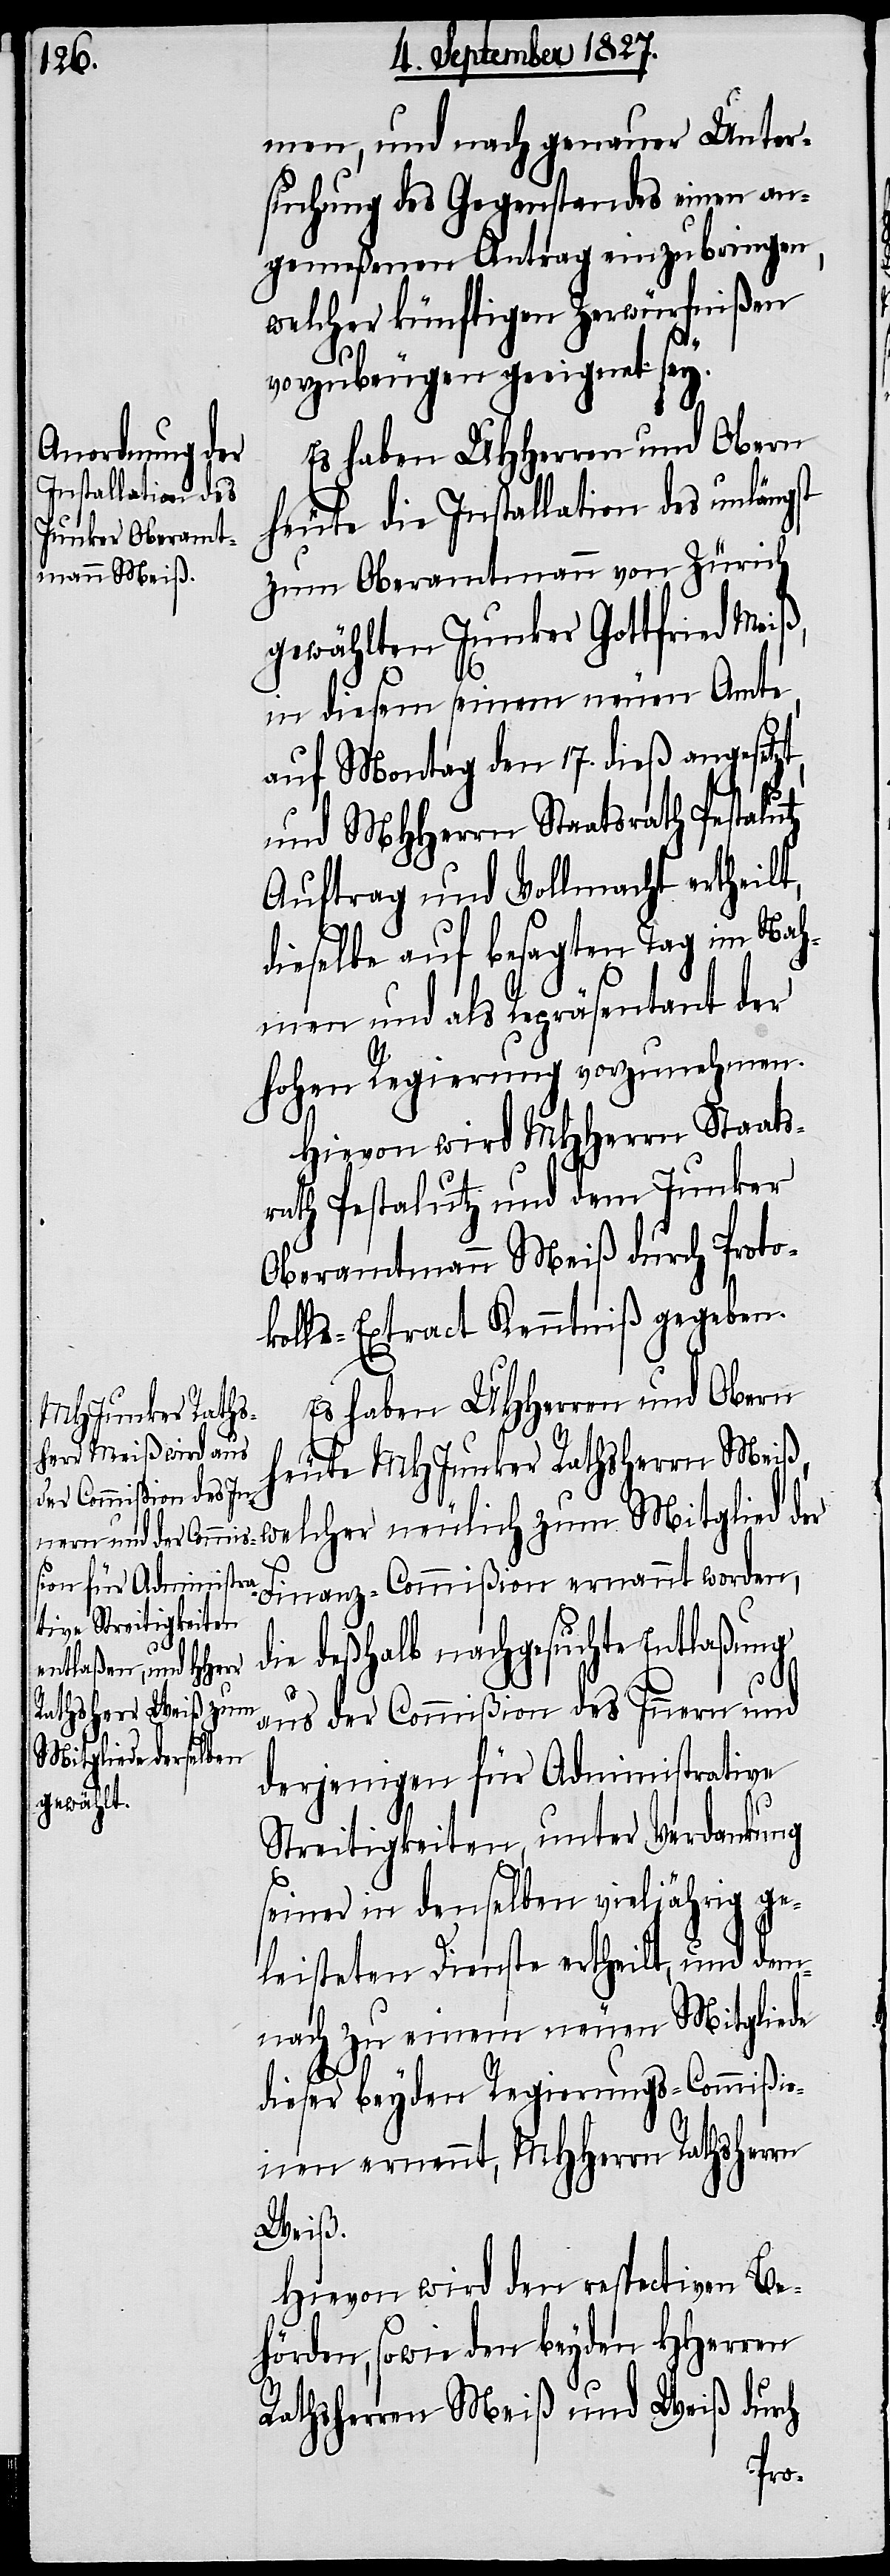
men, und nach genauer Unter¬
suchung des Gegenstandes einen an¬
gemeßenen Antrag einzubringen,
welcher künftigen Zerwürfnißen
vorzubeugen geeignet sey.
Es haben UHHerren und Obern
heute die Installation des unlängst
zum Oberamtmann von Zürich
gewählten Junker Gottfried Meiß,
in diesem seinem neuen Amte,
auf Montag den 17. dieß angesetzt,
und MHHerrn Staatsrath Pestalutz
Auftrag und Vollmacht ertheilt,
dieselbe auf besagten Tag im Nah¬
men und als Repräsentant der
hohen Regierung vorzunehmen.
Hievon wird MHHerrn Staats¬
rath Pestalutz und dem Junker
Oberamtmann Meiß durch Proto¬
kolls-Extract Kenntniß gegeben.
Es haben UHHerren und Obern
heute MHJunker Rathsherrn Meiß,
welcher neulich zum Mitglied der
Finanz-Commißion ernannt worden,
deßhalb nachgesuchte Entlaßung
aus der Commißion des Innern und
derjenigen für Administrative
Streitigkeiten, unter Verdankung
seiner in denselben vieljährig ge¬
leisteten Dienste ertheilt, und dem¬
nach zu einem neuen Mitgliede
dieser beyden Regierungs-Commißio¬
nen ernennt, MHHerr Rathsherrn
Weiß.
Hievon wird den respectiven Be¬
hörden, sowie den beyden HHerren
Rathsherrn Meiß und Weiß durch